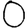
Digit: 0